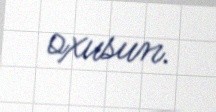
oxusun.